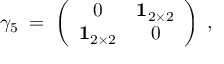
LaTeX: \gamma _ { 5 } \; = \; \left( \begin{array} { c c } { { 0 } } & { { { \mathbf 1 } _ { 2 \times 2 } } } \\ { { { \mathbf 1 } _ { 2 \times 2 } } } & { { 0 } } \end{array} \right) \; ,